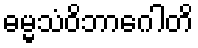
ဓမ္မသံဝိဘာဂေါတိ